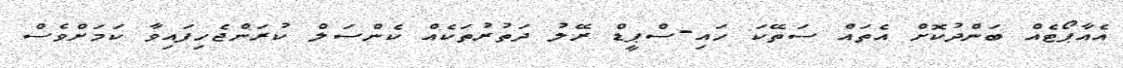
އެއާޕޯޓެއް ބަންދުކޮށް އެތައް ސަތޭކަ ހައި-ސްޕީޑް ރޭލު ދަތުރުތަކެއް ކެންސަލް ކުރަންޖެހިފައިވާ ކަމަށްވެސް